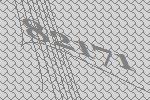
82171